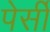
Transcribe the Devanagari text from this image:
पेर्सी